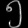
Digit: ၅